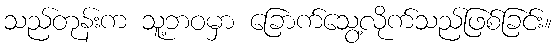
သည်တုန်းက သူ့ဘဝမှာ ခြောက်သွေ့လိုက်သည်ဖြစ်ခြင်း။